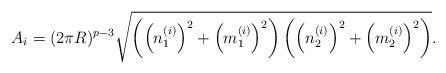
LaTeX: \begin{align*}A_i=(2\pi R)^{p-3}\sqrt{\left(\left(n^{(i)}_1\right)^2+\left(m^{(i)}_1\right)^2\right)\left(\left(n^{(i)}_2\right)^2+\left(m^{(i)}_2\right)^2\right)}.\end{align*}